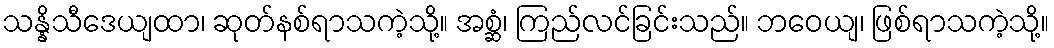
သန္နိသီဒေယျထာ၊ ဆုတ်နစ်ရာသကဲ့သို့။ အစ္ဆံ၊ ကြည်လင်ခြင်းသည်။ ဘဝေယျ၊ ဖြစ်ရာသကဲ့သို့။